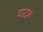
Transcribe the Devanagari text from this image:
पादरू